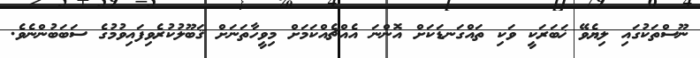
ނޫސްތަކުގައި ލިޔެވޭ ޚަބަރަކީ ވަކި ތައްގަނޑަކަށް އޮންނަ އެއްޗެއްކަމަށް މިވީހާތަނަށް ޤަބޫލުކުރެވިފައިވުމުގެ ސަބަބުންނެވެ.